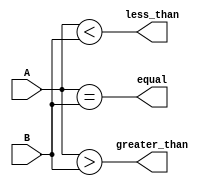
module comparator(
    input [31:0] A,
    input [31:0] B,
    output equal,
    output greater_than,
    output less_than
);

assign equal = (A == B);
assign greater_than = (A > B);
assign less_than = (A < B);

endmodule